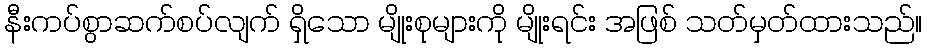
နီးကပ်စွာဆက်စပ်လျက် ရှိသော မျိုးစုများကို မျိုးရင်း အဖြစ် သတ်မှတ်ထားသည်။